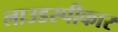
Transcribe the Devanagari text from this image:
लाउडस्पीकार